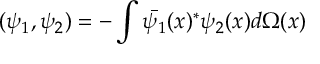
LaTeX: ( \psi _ { 1 } , \psi _ { 2 } ) = - \int \bar { \psi _ { 1 } } ( x ) ^ { * } \psi _ { 2 } ( x ) d \Omega ( x )